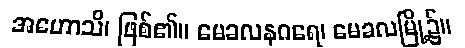
အဟောသိ၊ ဖြစ်၏။ မေခလနဂရေ၊ မေခလမြို့၌။